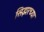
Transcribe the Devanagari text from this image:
सिझरच्या